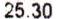
25.30